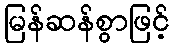
မြန်ဆန်စွာဖြင့်